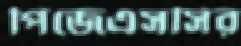
পিজেএসসির